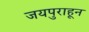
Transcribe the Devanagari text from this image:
जयपुराहून